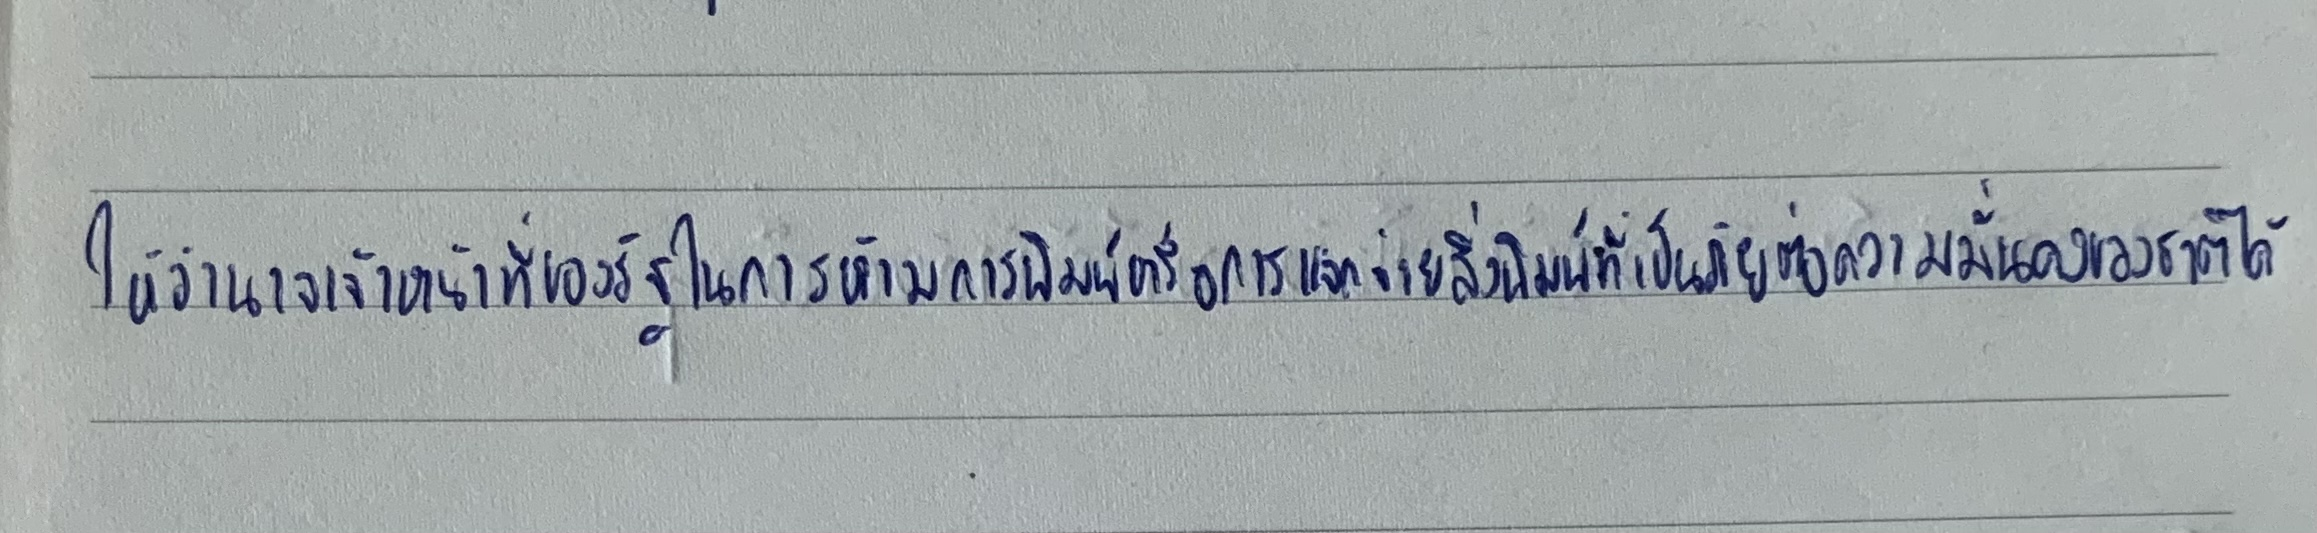
ให้อำนาจเจ้าหน้าที่ของรัฐในการห้ามการพิมพ์หรือการแจกจ่ายสิ่งพิมพ์ที่เป็นภัยต่อความมั่นคงของชาติได้